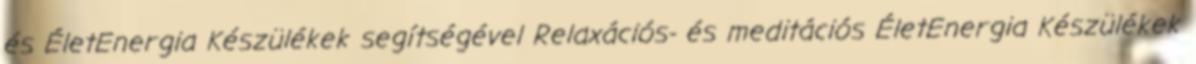
és ÉletEnergia Készülékek segítségével Relaxációs- és meditációs ÉletEnergia Készülékek